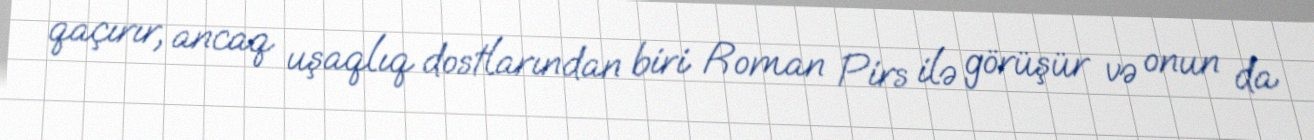
qaçırır, ancaq uşaqlıq dostlarından biri Roman Pirs ilə görüşür və onun da